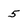
Character: 5